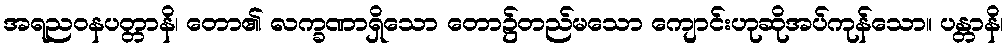
အရညဝနပတ္တာနိ၊ တော၏ လက္ခဏာရှိသော တော၌တည်မသော ကျောင်းဟုဆိုအပ်ကုန်သော။ ပန္တာနိ၊